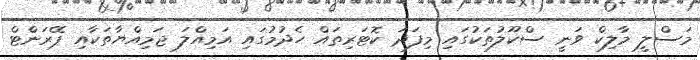
މަސްލީ މާލިކް ވަނީ ސްކޫލުތަކުގައި މިފަދަ ކޮޓަރިތައް ހެދުމުގައި އަމިއްލަ ޖަމިއްޔާތަކާއި ޕޭރަންޓް